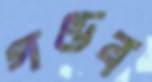
গণ্ডব